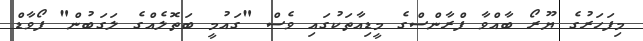
މިފަހަރުގެ ޔޫރޯ ބާއްވާ ފްރާންސްގެ މީޑިއާތަކުގައި ވެސް "ގައުމީ ބަތޮލެއްގެ ލަގަބުން" ފޯވާޑް